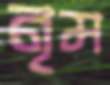
নৃম